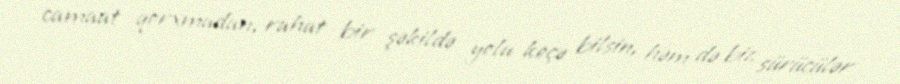
camaat qorxmadan, rahat bir şəkildə yolu keçə bilsin, həm də biz sürücülər